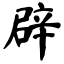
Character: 辟